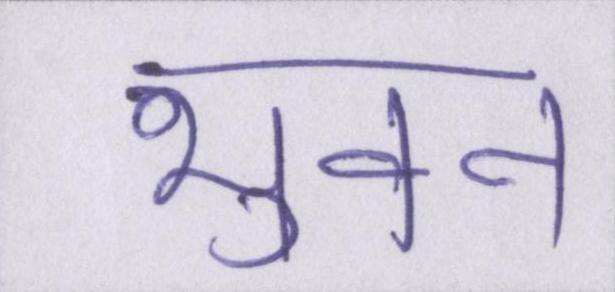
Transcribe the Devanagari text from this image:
भुवन